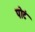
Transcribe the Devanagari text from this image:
पोटं